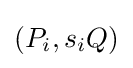
(P_{i},s_{i}Q)